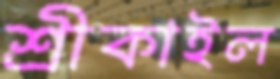
শ্রীকাইল